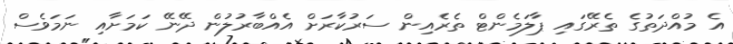
އެ މުއްދަތުގެ ތެރޭގައި ޕާލަމެންޓް ތެރެއިން ސަރުކާރަށް އެއްބާރުލުން ދޭނޭ ކަމަށާއި ނަމަވެސް